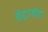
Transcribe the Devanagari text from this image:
डेट्राईट